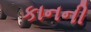
કાનની